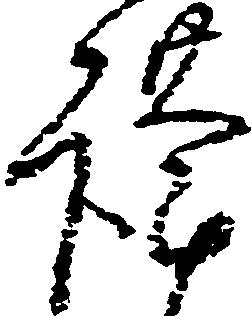
謹